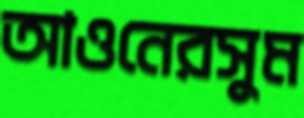
আওনেরসুম